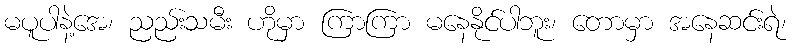
မပူပါနဲ့အေ၊ ညည်းသမီး ဟိုမှာ ကြာကြာ မနေနိုင်ပါဘူး၊ တောမှာ အနေဆင်းရဲ၊